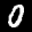
Label: 0